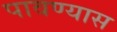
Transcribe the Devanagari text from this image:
पावण्यास